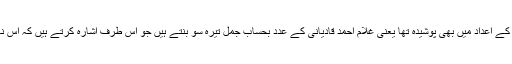
اسی طرح ایک لطیف اشارہ حضورؑ کے نام کے اعداد میں بھی پوشیدہ تھا یعنی غلام احمد قادیانی کے عدد بحساب جمل تیرہ سو بنتے ہیں جو اس طرف اشارہ کرتے ہیں کہ اُس نام کا امام چودھویں صدی کے آغاز پر ہوگا۔